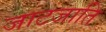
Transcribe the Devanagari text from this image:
जाटजाति